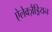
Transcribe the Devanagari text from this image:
ऐलेक्ज़ैड्रियन